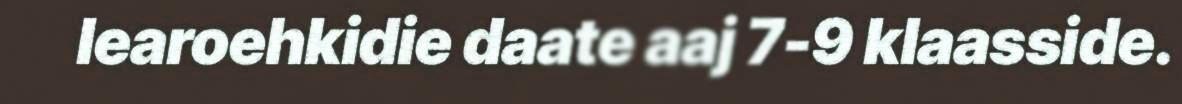
learoehkidie daate aaj 7-9 klaasside.